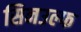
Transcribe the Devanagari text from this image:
सिनउल्फ